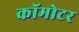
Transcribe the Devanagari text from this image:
कॉमोटर